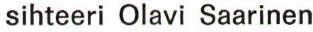
sihteeri Olavi Saarinen